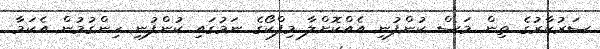
ސަރުކާރުގެ ތިން މަސް ކުންފުނި އެއްކޮށްލާ މިފްކޯގެ ނަމުގައި ކުންފުނި ހިންގުމުން އެކަމާ